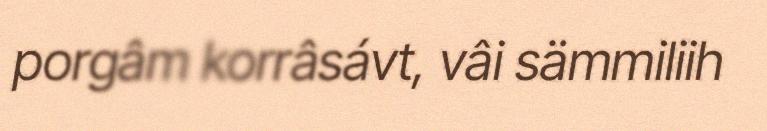
porgâm korrâsávt, vâi sämmiliih